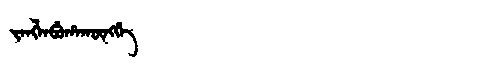
Manchu: ᠵᠠᠩᠯᠠᠪᡠᡥᠠᡴᡡᠩᡤᡝ
Romanization: JANGLABUHAKŪNGGE